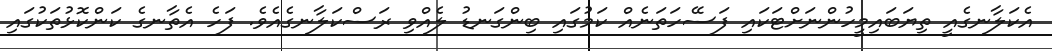
އެކަލާނގެއީ ތިޔަބައިމީހުންނަށްޓަކައި ފަސޭހަތަނެއް ކަމުގައި ބިންގަނޑު ލެއްވި ރަސްކަލާނގެއެވެ. ފަހެ އެތާނގެ ކަންކޮޅުތަކުގައި